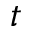
t